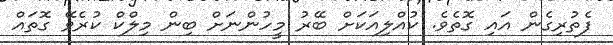
ފެތުރިގެން އައި ގޮތެވެ. ކުއްލިއަކަށް ބޭރު މީހުންނަށް ބިން މިލްކް ކުރެވޭ ގޮތައް